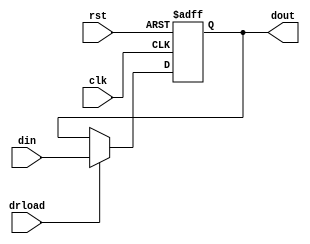
/*8*/
module dr(din, clk,rst, drload, dout);
input [7:0] din;
input clk, rst, drload;
output [7:0] dout;
reg [7:0]dout;
always @(posedge clk or negedge rst)
	if(!rst)
	dout<=0;
	else if(drload)
	dout<=din;

endmodule